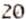
20